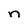
Character: n